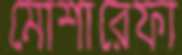
মোশারেফা